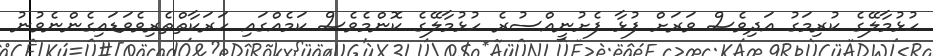
ހުޅުމާލޭގެ ކުރިމަގު އަދިވެސް ވަރަށް ފުޅާ ފެށުނީއްސުރެ ހުޅުމާލޭގެ ކޮންމެވެސް ކަމެއްގައި ހަރަކާތްތެރިވެވަޑައިގެންނެވުނު